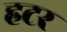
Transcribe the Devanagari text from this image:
हटर